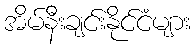
အိမ်နီးချင်းနိုင်ငံများ